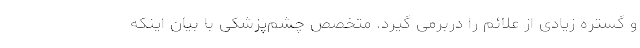
و گستره زیادی از علائم را دربرمی گیرد. متخصص چشم‌پزشکی با بیان اینکه